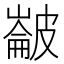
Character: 𭽵